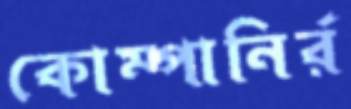
কোম্পানির্র